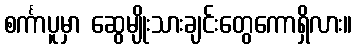
စင်္ကာပူမှာ ဆွေမျိုးသားချင်းတွေကောရှိလား။